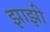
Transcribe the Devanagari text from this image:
झाझी